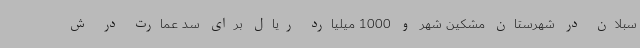
سبلان در شهرستان مشکین شهر و 1000 میلیارد ریال برای سد عمارت در ش